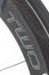
TWO